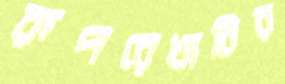
রূপরেখাটির